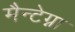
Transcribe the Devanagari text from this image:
मैन्टेग्ना